Calcutta medical institutions reports 1892-1900
Year: 1892
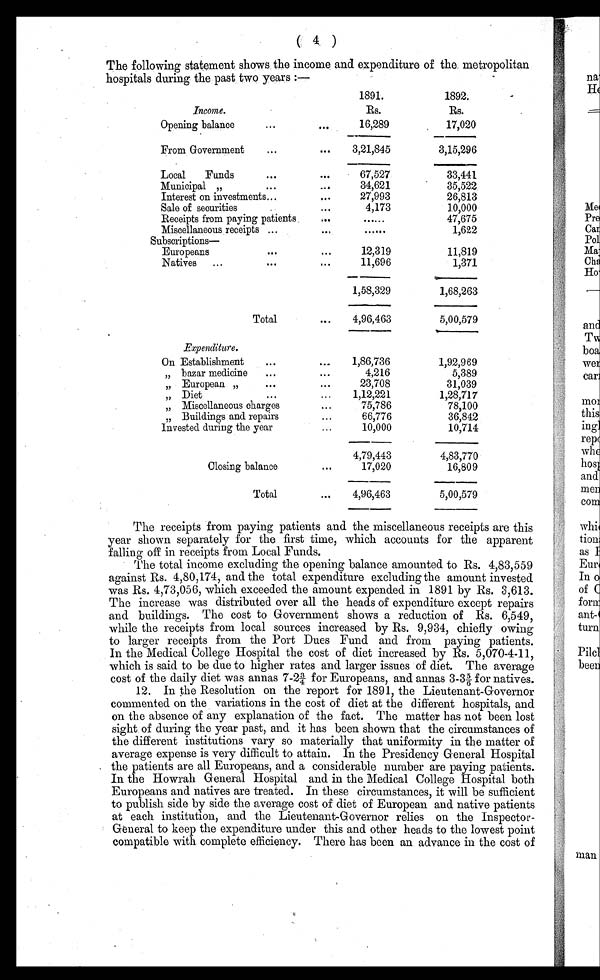
( 4 )
The following statement shows the income and expenditure of the metropolitan
hospitals during the past two years:—
1891.
1892.
Income.
Rs.
Rs.
Opening balance
. . .
. . .
16,289
17,020
From Government ...
... 3,21,845
3,15,296
Local Funds
. . .
...
67,527
33,441
Municipal „
...
....
34,621
35,522
Interest on investments ...
. . .
27,993
26,813
Sale of securities
...
4,173
10,000
Receipts from paying patients
...
......
47,675
Miscellaneous receipts ...
. . .
......
1,622
Subscri pt i ons—
Europeans
...
...
12,319
11,819
Natives ...
...
. . .
11,696
1,371
1,58,329
1,68,263
Total
... 4,96,463
5,00,579
Expenditure.
On Establishment ...
... 1,86,736
1,92,969
„ bazar medicine ...
...
4,216
5,389
„
European „
...
...
23,708
31,039
„ Diet
. . .
... 1,12,221
1,28,717
„ Miscellaneous charges
...
75,786
78,100
„ Buildings and repairs
...
66,776
36,842
Invested during the year
...
10,000
10,714
4,79,443
4,83,770
Closing balance
...
17,020
16,809
Total
... 4,96,463
5,00,579
The receipts from paying patients and the miscellaneous receipts are this
year shown separately for the first time, which accounts for the apparent
falling off in receipts from Local Funds.
The total income excluding the opening balance amounted to Rs. 4,83,559
against Rs. 4,80,174, and the total expenditure excluding the amount invested
was Rs. 4,73,056, which exceeded the amount expended in 1891 by Rs. 3,613.
The increase was distributed over all the heads of expenditure except repairs
and buildings. The cost to Government shows a reduction of Rs. 6,549,
while the receipts from local sources increased by Rs. 9,934, chiefly owing
to larger receipts from the Port Dues Fund and from paying patients.
In the Medical College Hospital the cost of diet increased by Rs. 5,070-4-11,
which is said to be due to higher rates and larger issues of diet. The average
cost of the daily diet was annas 7-2¾ for Europeans, and annas 3-3 5/6 for natives.
12. In the Resolution on the report for 1891, the Lieutenant-Governor
commented on the variations in the cost of diet at the different hospitals, and
on the absence of any explanation of the fact. The matter has not been lost
sight of during the year past, and it has been shown that the circumstances of
the different institutions vary so materially that uniformity in the matter of
average expense is very difficult to attain. In the Presidency General Hospital
the patients are all Europeans, and a considerable number are paying patients.
In the Howrah General Hospital and in the Medical College Hospital both
Europeans and natives are treated. In these circumstances, it will be sufficient
to publish side by side the average cost of diet of European and native patients
at each institution, and the Lieutenant-Governor relies on the Inspector-
General to keep the expenditure under this and other heads to the lowest point
compatible with complete efficiency. There has been an advance in the cost of